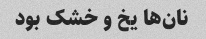
نان‌ها یخ و خشک بود